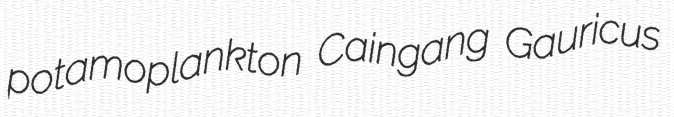
potamoplankton Caingang Gauricus